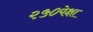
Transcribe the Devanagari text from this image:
२५०पेक्षा